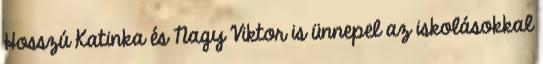
Hosszú Katinka és Nagy Viktor is ünnepel az iskolásokkal